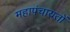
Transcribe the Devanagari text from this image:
महापंचायतों